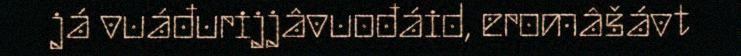
já vuáđurijjâvuođáid, eromâšávt